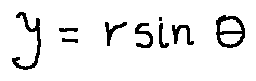
y = r \sin \theta